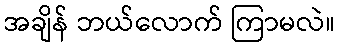
အချိန် ဘယ်လောက် ကြာမလဲ။